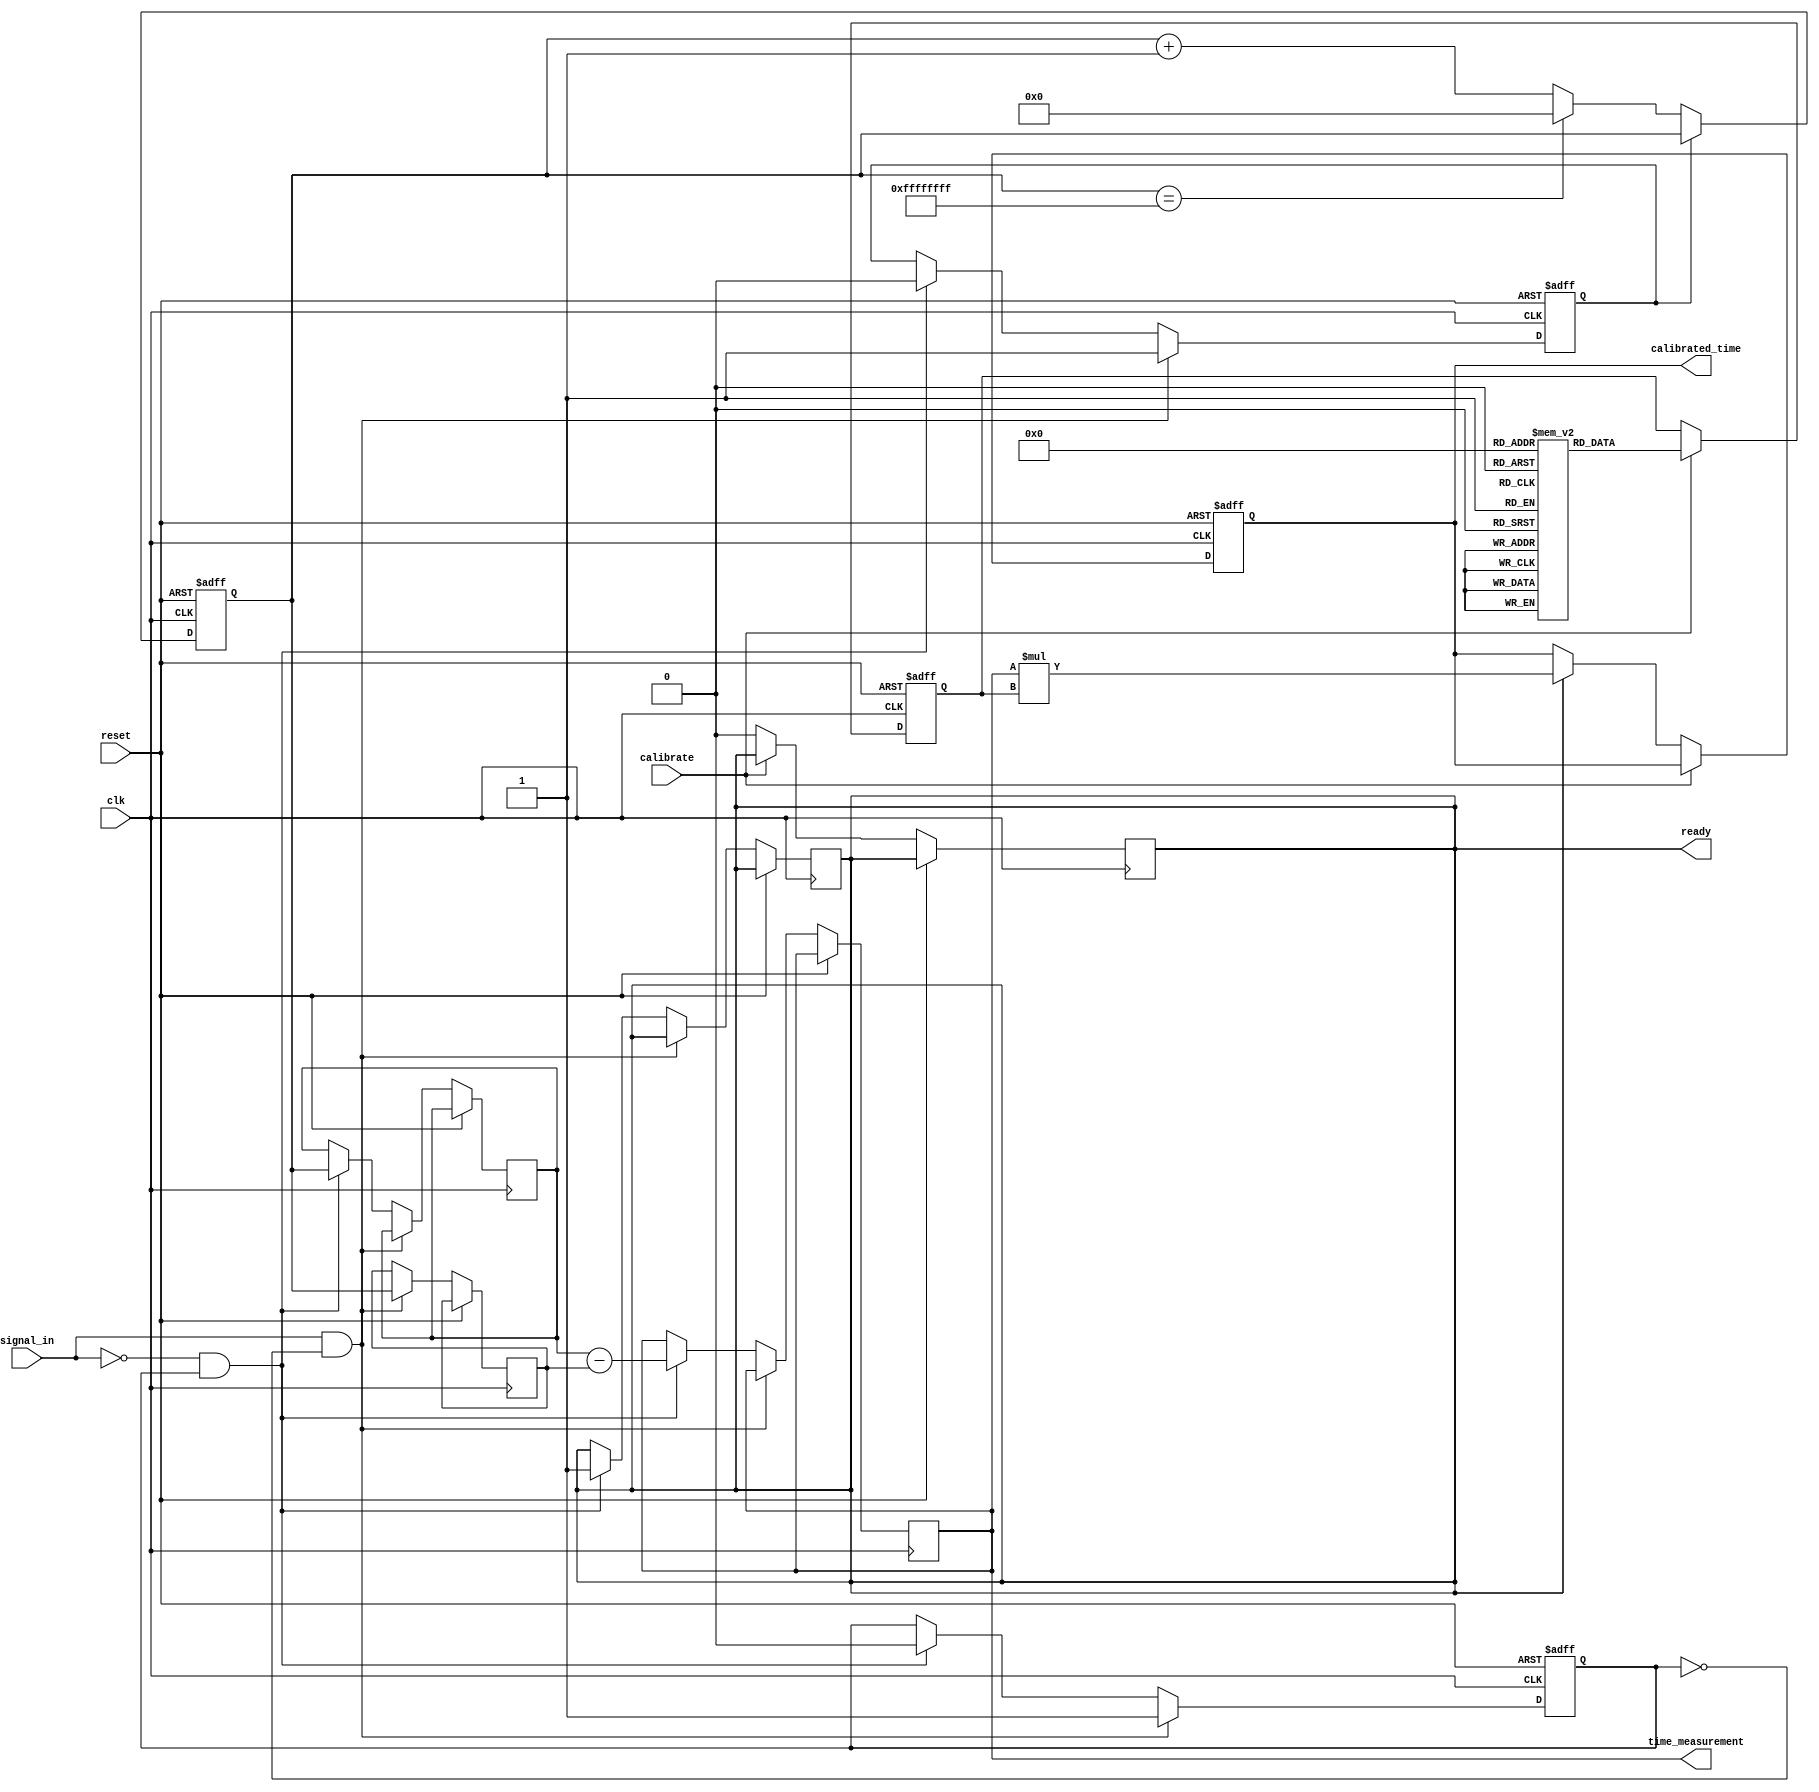
module TDC (
    input wire clk,                   // System clock
    input wire reset,                 // Reset signal
    input wire signal_in,             // Input signal for time measurement
    input wire calibrate,             // Calibration trigger
    output reg [31:0] time_measurement,// Output time measurement
    output reg [31:0] calibrated_time, // Output calibrated time
    output reg ready                   // Indicates when the TDC is ready for new measurement
);

    // Parameters
    parameter CLOCK_FREQ = 100_000_000; // 100 MHz clock
    parameter MAX_COUNT = 32'hFFFFFFFF;  // Maximum count value

    // Internal signals
    reg [31:0] counter;                 // High-resolution counter
    reg [31:0] calibration_coeff;       // Calibration coefficient
    reg [31:0] calibration_memory [0:255]; // Calibration memory
    reg edge_detected;                  // Edge detection signal
    reg measuring;                      // Measuring state
    reg [31:0] time_start;              // Start time for measurement
    reg [31:0] time_end;                // End time for measurement

    // Edge detection logic
    always @(posedge clk or posedge reset) begin
        if (reset) begin
            edge_detected <= 1'b0;
            measuring <= 1'b0;
        end else begin
            // Simple edge detection
            if (signal_in && !edge_detected) begin
                edge_detected <= 1'b1;
                time_start <= counter; // Capture start time
                measuring <= 1'b1;     // Start measuring
            end else if (!signal_in && edge_detected) begin
                edge_detected <= 1'b0;
                time_end <= counter;   // Capture end time
                measuring <= 1'b0;     // Stop measuring
                time_measurement <= time_end - time_start; // Calculate time difference
                ready <= 1'b1;         // Indicate measurement is ready
            end
        end
    end

    // Counter logic
    always @(posedge clk or posedge reset) begin
        if (reset) begin
            counter <= 32'd0;
        end else if (!measuring) begin
            counter <= (counter == MAX_COUNT) ? 32'd0 : counter + 1; // Increment counter
        end
    end

    // Calibration logic
    always @(posedge clk or posedge reset) begin
        if (reset) begin
            calibration_coeff <= 32'd1; // Default calibration coefficient
            calibrated_time <= 32'd0;
        end else if (calibrate) begin
            // Implement calibration logic here (e.g., update calibration_coeff)
            calibration_coeff <= calibration_memory[0]; // Example: read from calibration memory
        end else if (ready) begin
            calibrated_time <= time_measurement * calibration_coeff; // Apply calibration
            ready <= 1'b0; // Reset ready flag
        end
    end

    // Initialization of calibration memory (example values)
    initial begin
        calibration_memory[0] = 32'd1; // Example calibration value
        calibration_memory[1] = 32'd2; // Example calibration value
        // Add more calibration values as needed
    end

endmodule